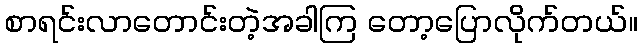
စာရင်းလာတောင်းတဲ့အခါကြ တော့ပြောလိုက်တယ်။